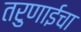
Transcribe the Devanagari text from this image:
तरुणाईचा